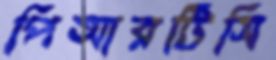
পিআরটিসি